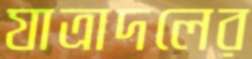
যাত্রাদলের